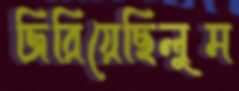
জিরিয়েছিলুম